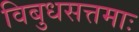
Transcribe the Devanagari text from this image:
विबुधसत्तमाः